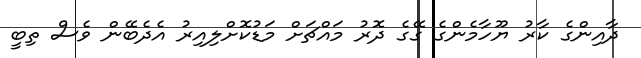
ދާއިންގެ ކާރު ޔޫހާމެންގެ ގޭގެ ދޮރު މައްޗަށް މަޑުކޮށްލިއިރު އެދެބޭން ވެސް ތިބީ